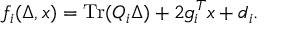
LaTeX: f _ { i } ( \Delta , x ) = \operatorname { T r } ( Q _ { i } \Delta ) + 2 g _ { i } ^ { T } x + d _ { i } .